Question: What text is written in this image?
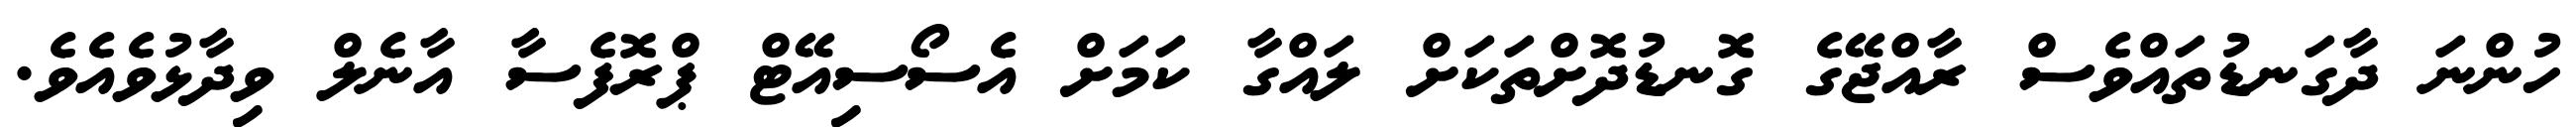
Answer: ހުންނަ ދާގަނޑުތައްވެސް ރާއްޖޭގެ ގޮނޑުދޮށްތަކަށް ލައްގާ ކަމަށް އެސޯސިއޭޓް ޕްރޮފެސާ އާނެލް ވިދާޅުވެއެވެ.